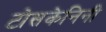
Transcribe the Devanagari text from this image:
टोसकेनिनी